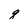
Character: q